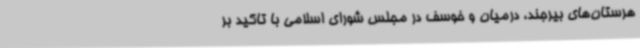
هرستان‌های بیرجند، درمیان و خوسف در مجلس شورای اسلامی با تاکید بر